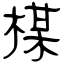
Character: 楳